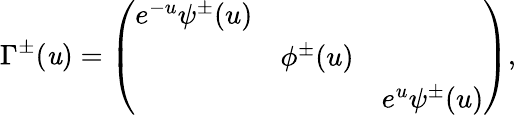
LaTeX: \Gamma^{\pm}(\mathit{u})=\left(\begin{array}{ccc}{{e^{-u}\psi^{\pm}(u)}}&{{}}&{{}}\\ {{}}&{{\phi^{\pm}(u)}}&{{}}\\ {{}}&{{}}&{{e^{u}\psi^{\pm}(u)}}\end{array}\right),